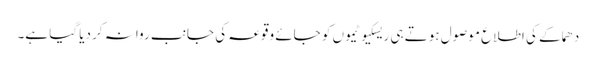
دھماکے کی اطلاع موصول ہوتے ہی ریسکیو ٹیموں کو جائے وقوعہ کی جانب روانہ کر دیا گیا ہے۔